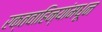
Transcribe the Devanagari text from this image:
रक्तवाहिन्यांमधून